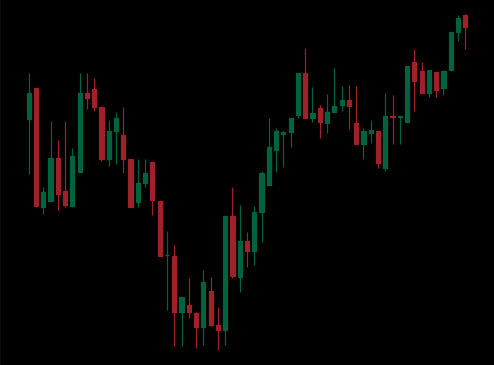
Pattern: inverse_head_shoulders